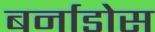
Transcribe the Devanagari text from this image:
बर्नाडोस